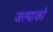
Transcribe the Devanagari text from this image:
जल्पाको